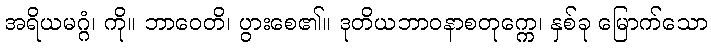
အရိယမဂ္ဂံ၊ ကို။ ဘာဝေတိ၊ ပွားစေ၏။ ဒုတိယဘာဝနာစတုက္ကေ၊ နှစ်ခု မြောက်သော